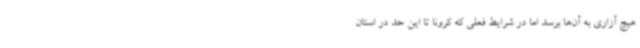
هیچ آزاری به آن‌ها برسد اما در شرایط فعلی که کرونا تا این حد در استان